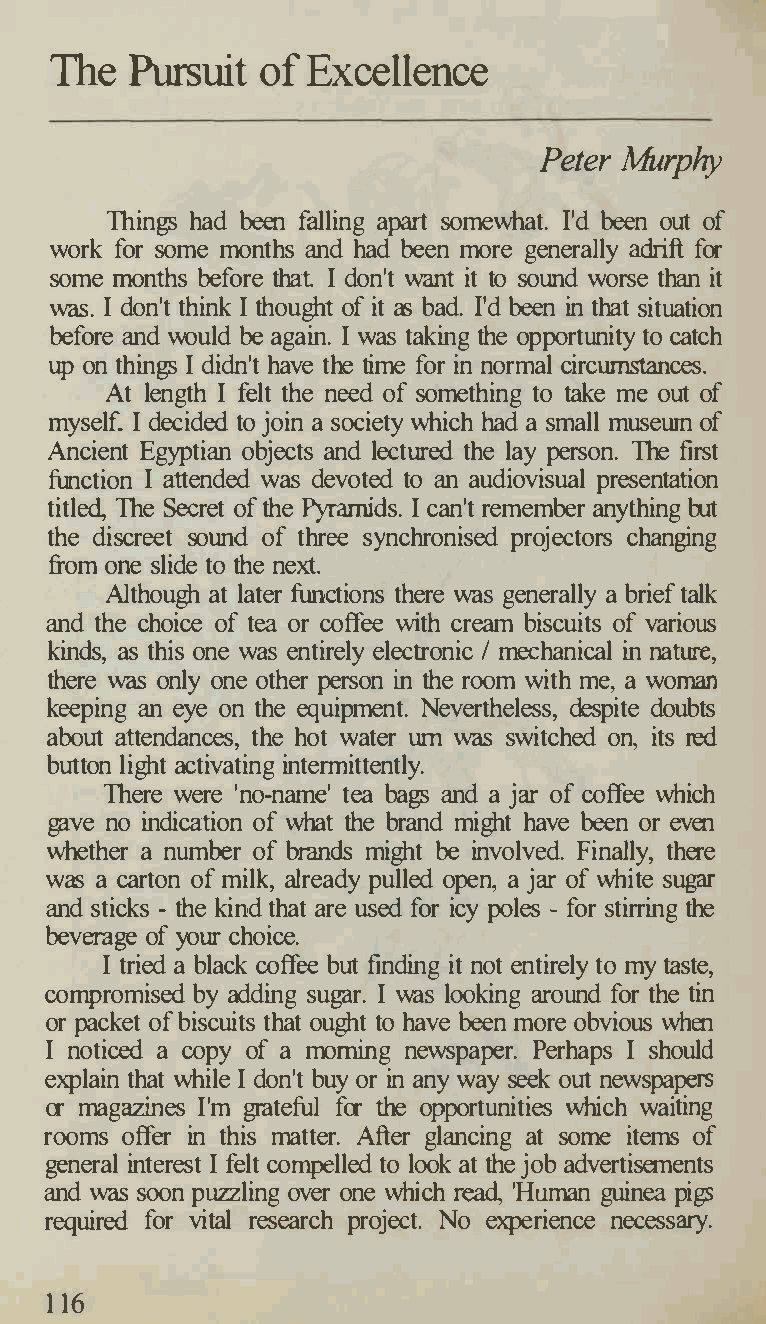
The  Pursuit  of Excellence
 Peter Murphy
 Things had been falling apart somewhat. fd been out of
 work for some months and had been more generally adrift for
 some months before that. I don't want it to sound worse than it
 was. I don't think I thought of it as bad. fd been in that situation
 before and would be again. I was taking the opportunity to catch
 up on things I didn't have the time for in normal circumstances.
 At length I felt the need of something to take me out of
 myself. I decided to join a society which had a small musewn of
 Ancient Egyptian objects and lectured the lay person. The first
 function I attended was devoted to an audiovisual presentation
 titled, The Secret of the Pyramids. I can't remember anything but
 the discreet sound of three synchronised projectors changing
 from one slide to the next.
 Although at later functions there was generally a brief talk
 and the choice of tea or coffee with cream biscuits of various
 kinds, as this one was entirely electronic I mechanical in nature,
 there was only one other person in the room with me, a woman
 keeping an eye on the equipment. Nevertheless, despite doubts
 about attendances, the hot water urn was switched on, its red
 button light activating intermittently.
 There were 'no-name' tea bags and a jar of coffee which
 gave no indication of what the brand might have been or even
 whether a number of brands might be involved. Finally, there
 was a carton of milk, already pulled open, a jar of white sugar
 and sticks - the kind that are used for icy poles - for stirring the
 beverage of your choice.
 I tried a black coffee but finding it not entirely to my taste,
 compromised by adding sugar. I was looking around for the tin
 or packet of biscuits that ought to have been more obvious when
 I noticed a copy of a morning newspaper. Perhaps I should
 explain that while I don't buy or in any way seek out newspapers
 or magazines I'm grateful for the opportunities which waiting
 rooms offer in this matter. After glancing at some items of
 general interest I felt compelled to look at the job advertisements
 and was soon puzzling over one which read, 'Human guinea pigs
 required for vital research project. No experience necessary.
 1 16